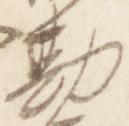
勘